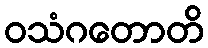
ဝသံဂတောတိ